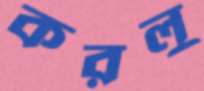
করলু